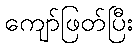
ကျော်ဖြတ်ပြီး